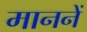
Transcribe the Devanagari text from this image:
माननें